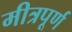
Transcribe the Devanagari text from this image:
मीत्रपूर्ण